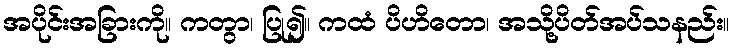
အပိုင်းအခြားကို။ ကတွာ၊ ပြု၍။ ကထံ ပိဟိတော၊ အသို့ပိတ်အပ်သနည်း။